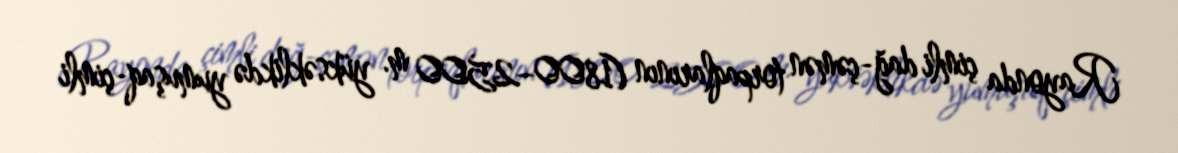
Rayonda çimli dağ-çəmən torpaqlarının (1800–2500 m. yüksəklikdə yumuşaq-çimli